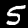
Digit: 5